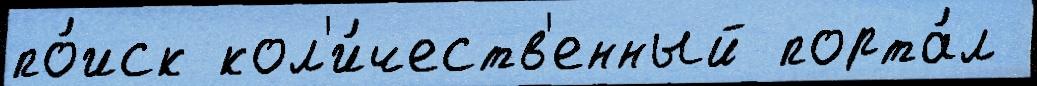
по́иск кол'и́честв'енный порта́л